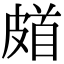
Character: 𩠗